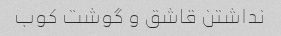
نداشتن قاشق و گوشت کوب